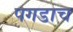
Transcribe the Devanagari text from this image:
पगडाच